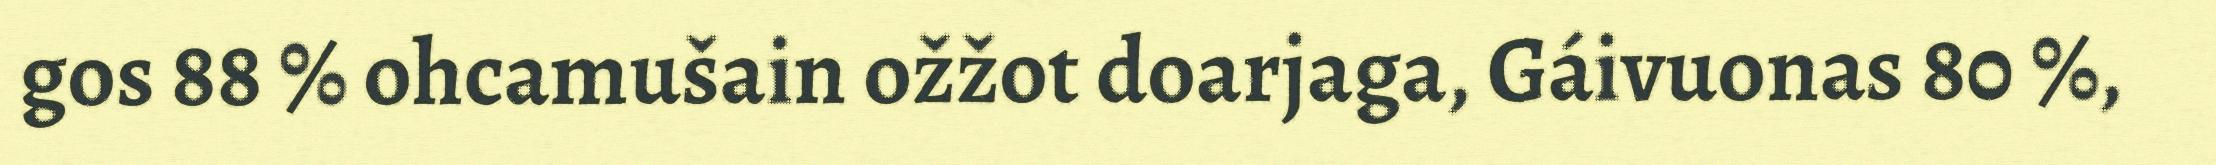
gos 88 % ohcamušain ožžot doarjaga, Gáivuonas 80 %,